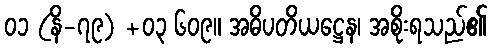
၀၁ (နိ-၇၉) +၀၃ ၆၀၉။ အဓိပတိယဋ္ဌေန၊ အစိုးရသည်၏